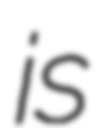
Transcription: is